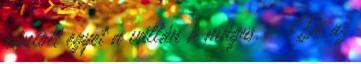
rántott egyet a vállán a mágus. – De az